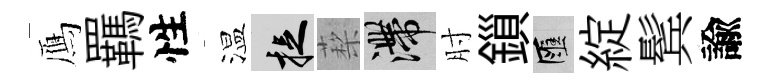
鴈羈性温捉蔾滯肘鎻匯綻鬂諭